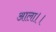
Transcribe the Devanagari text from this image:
आला।।